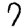
Digit: 7